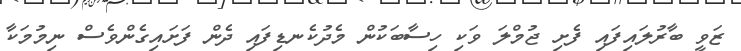
ޒަވީ ބާރުލައިފައި ފެށި ޖުމްލަ ވަކި ހިސާބަކުން މެދުކެނޑިފައި ދެން ފަށައިގެންވެސް ނިމުމަކާ